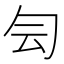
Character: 𠣓